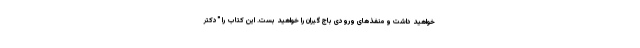
خواهید داشت و منفذهای ورودی باج گیران را خواهید بست. این کتاب را "دکتر